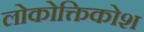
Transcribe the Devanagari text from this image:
लोकोक्तिकोश